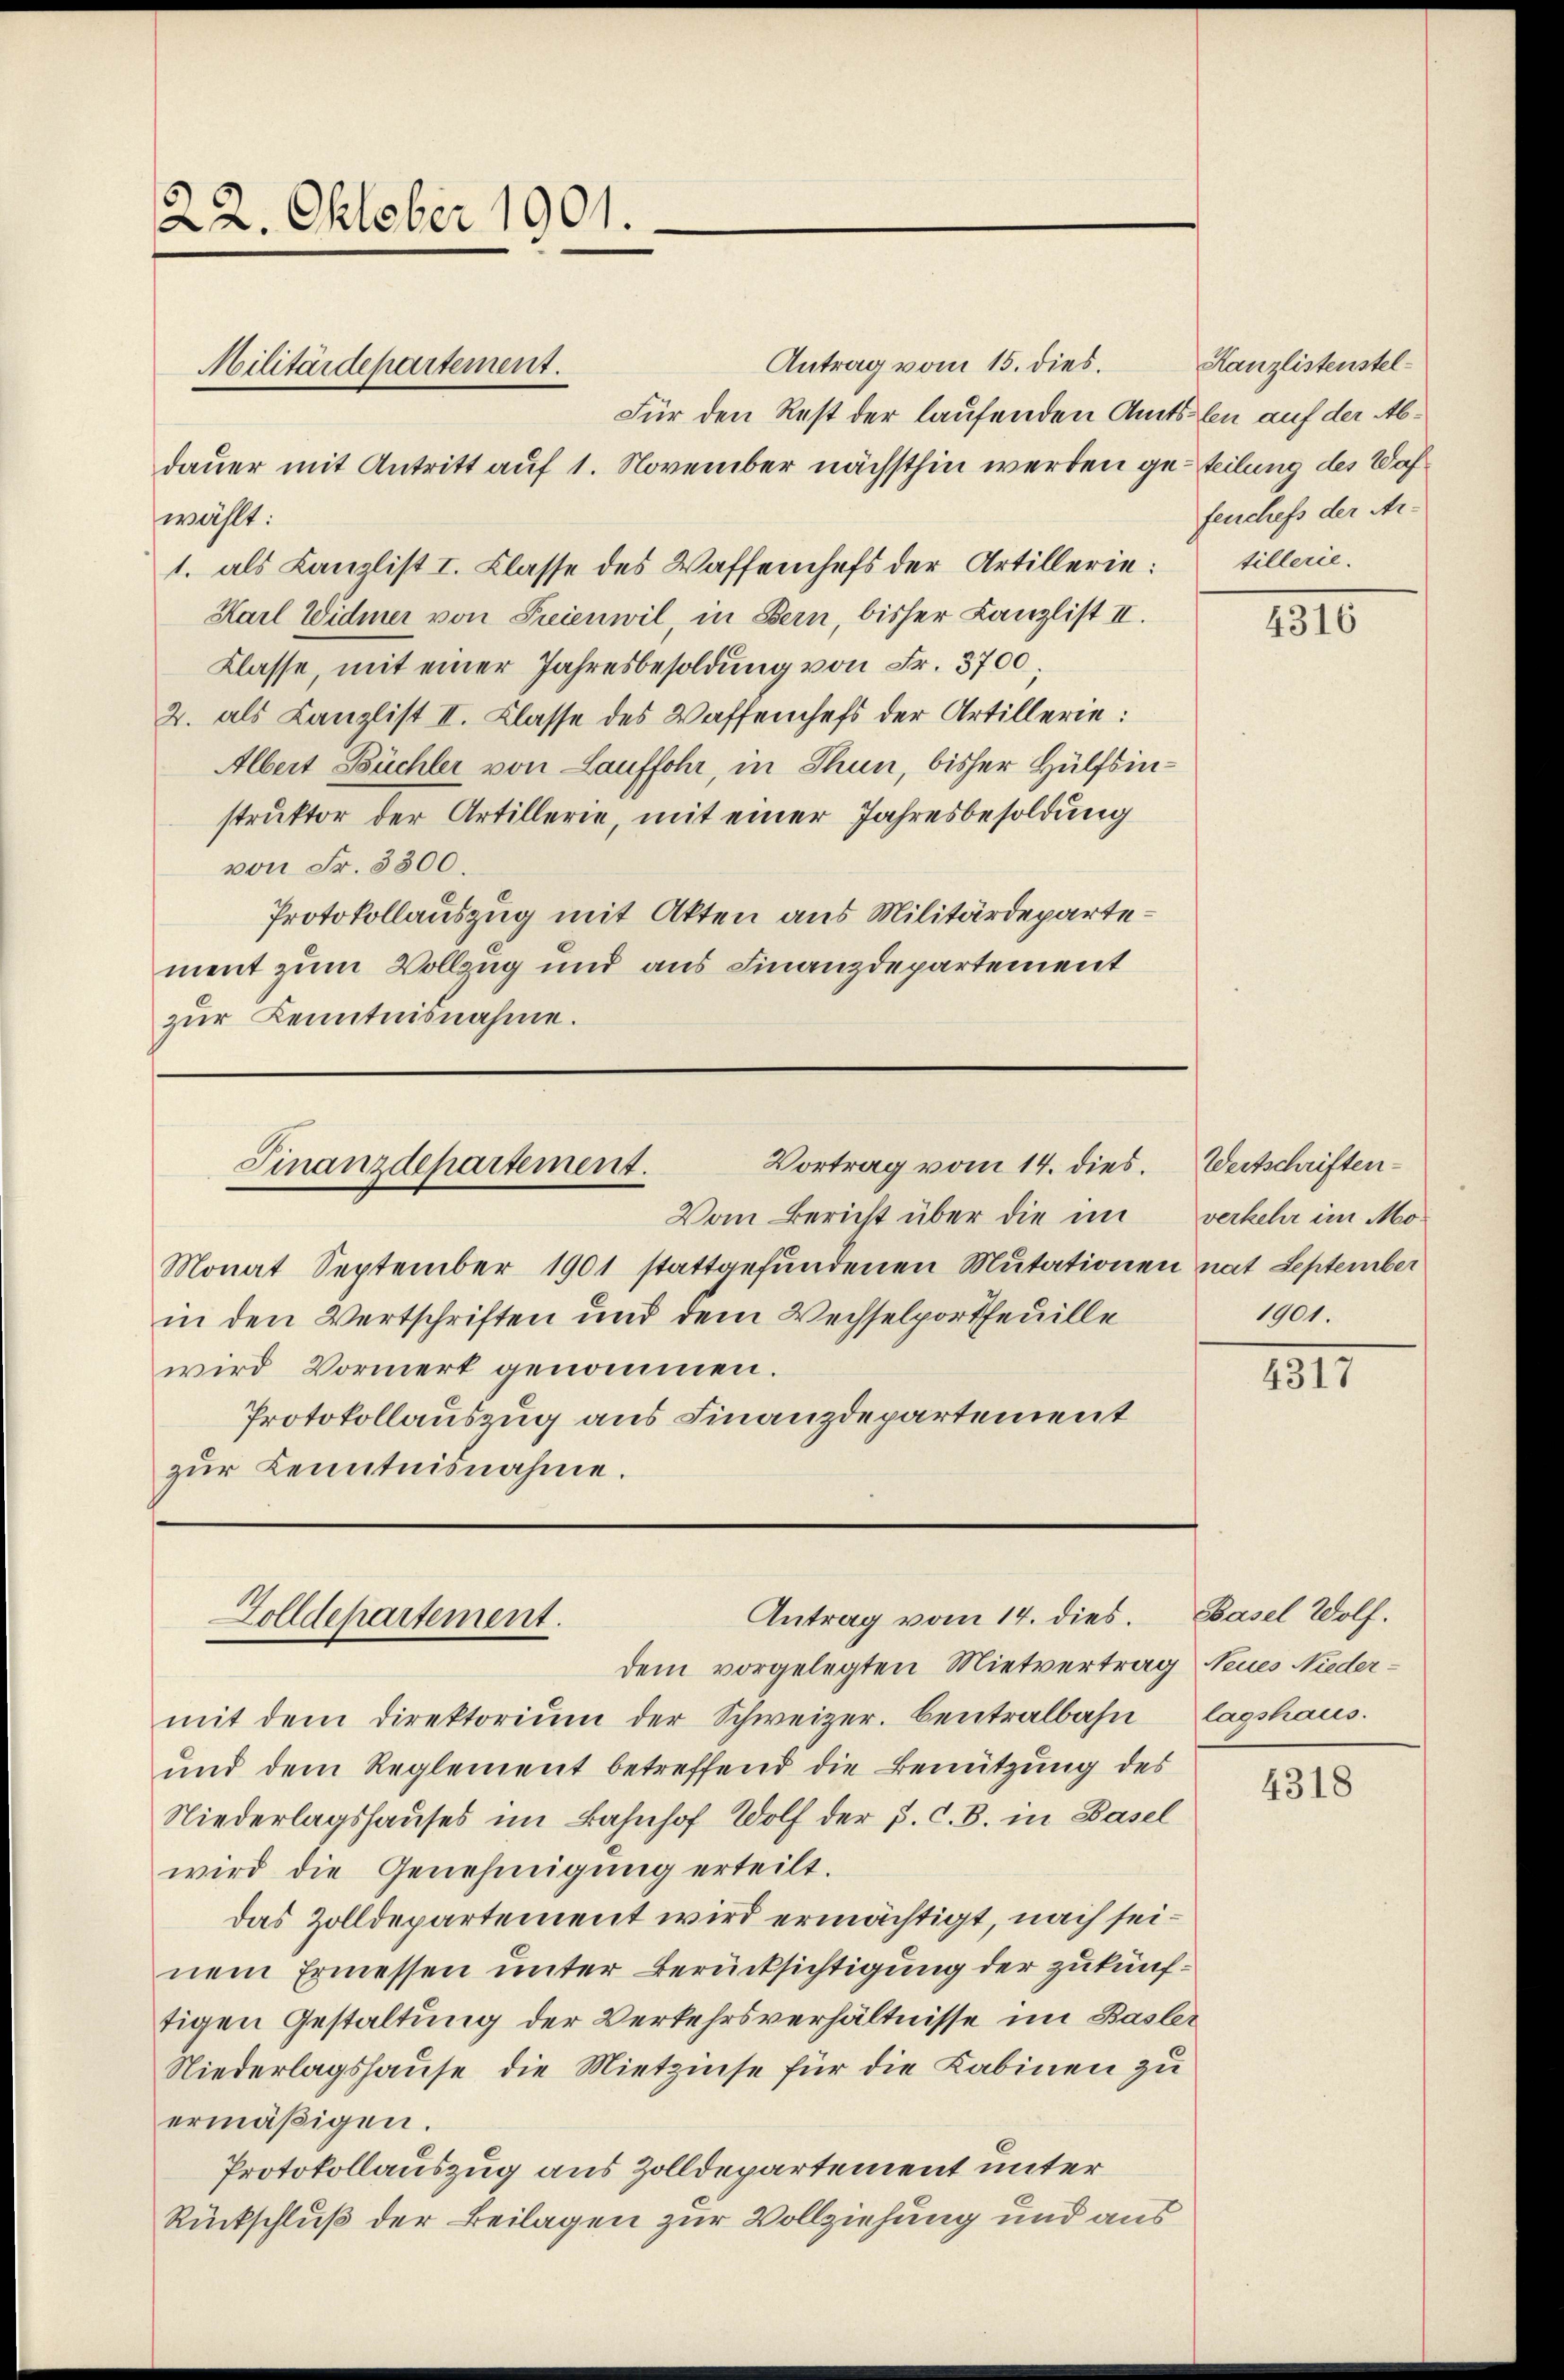
22. Oktober 1901.

Antrag vom 15. dies.
Für den Rest der laufenden Amtslen auf der Abdauer mit Antritt auf 1. November nächsthin werden geteilung des Wafwählt:
1. als Kanzlist I. Classe des Waffenhefs der Artillerie: tillerie.
Karl Widmer von Freien wil, in Bern, bisher Kanzlist II.
Klasse, mit einer Jahresbesoldung von Fr. 5700;
2. als Canzlist II. Klasse des Waffenchefs der Artillerie:
Albert Büchler von Lauffohr, in Thun, bisher Hülfsinstruktor der Artillerie, mit einer Jahresbesoldung
von Fr. 3300.
Protokollauszug mit Akten aus Militärdepartement zum Vollzug und aus Finanzdepartement
zur Kenntnisnahme.

Militärdepartement.

Vom Bericht über die im
Monat September 1901 stattgefundenen Mutationen nat September
in den Wertschriften und dem Wechselportheuille
wird Vormerk genommen.
Protokollauszug aus Finanzdepartement
zŭr Kenntnisnahme.

Vortrag vom 14. dies.
Finanzdepartement.

Antrag vom 14. dies.
Zolldepartement.

dem vorgelegten Mietvertrag Neues Niedermit dem Direktoriŭm der Schweizer. Centralbahn lagshaus.
und dem Reglement betreffend die Benützung des
Niederlagshauses im Bahnhof Wolf der p. C. B. in Basel
wird die Genehmigung erteilt.
das Zolldepartement wird ermächtigt, nach seinem Ermessen unter Berücksichtigung der zukünftigen Gestaltung der Verkehrsverhältnisse im Basler
Niederlagshause, die Mietzinse für die Kabinen zu
ermäβigen.
Protokollauszug aus Zolldepartement unter
Rückschluß der Beilagen zur Vollziehung und aus

Kanzlistenstelfenchefs der Mi¬

4316

Wertschriften.
verkehr im Mo¬
1901

1817

Basel Wolf.

4318